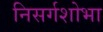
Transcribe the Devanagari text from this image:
निसर्गशोभा